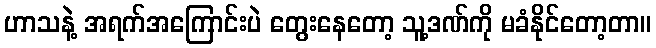
ဟာသနဲ့ အရက်အကြောင်းပဲ တွေးနေတော့ သူ့ဒဏ်ကို မခံနိုင်တော့တာ။